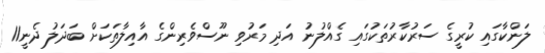
ލަންކާގައި ކުރީގެ ސަރުކާރުތަކުގައި ގެއްލުނު އަދި މަރުވި ނޫސްވެރިންގެ އާއިލާތަކަށް ބަދަލު ދެނީ11